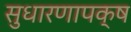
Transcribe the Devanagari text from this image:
सुधारणापक्ष